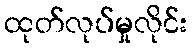
ထုတ်လုပ်မှုလိုင်း